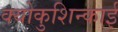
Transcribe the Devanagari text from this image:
क्योकुशिन्काई